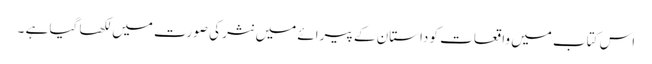
اس کتاب میں واقعات کو داستان کے پیرائے میں نثر کی صورت میں لکھا گیا ہے ۔